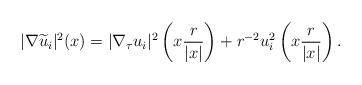
LaTeX: \begin{align*}|\nabla \widetilde u_i|^2(x)=|\nabla_\tau u_i|^2\left(x\frac{r}{|x|}\right)+r^{-2}u_i^2\left(x\frac{r}{|x|}\right).\end{align*}